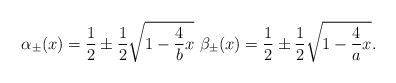
\begin{align*} \alpha_{\pm}(x) = \frac{1}{2} \pm \frac{1}{2}\sqrt{1 - \frac{4}{b}x}\ \beta_{\pm}(x) = \frac{1}{2} \pm \frac{1}{2}\sqrt{1 - \frac{4}{a}x}.\end{align*}